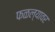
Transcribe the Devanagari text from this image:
फळल्यावर